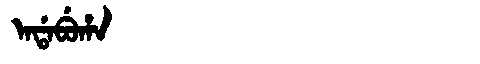
Manchu: ᠠᡩᠠᠪᡠᡥᠠ
Romanization: ADABUHA